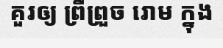
គួរឲ្យ ព្រឺព្រួច រោម ក្នុង